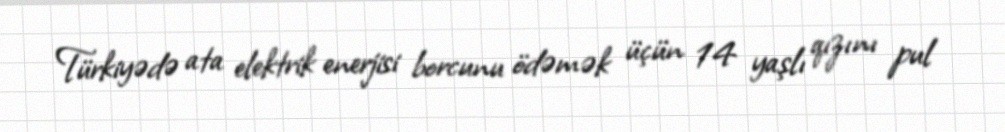
Türkiyədə ata elektrik enerjisi borcunu ödəmək üçün 14 yaşlı qızını pul